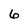
Character: 6